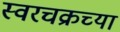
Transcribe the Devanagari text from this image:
स्वरचक्रच्या